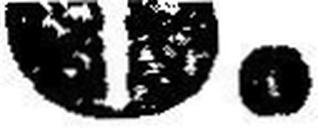
6.